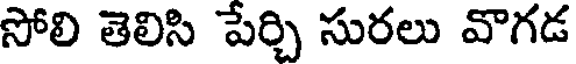
సోలి తెలిసి పేర్చి సురలు వొగడ